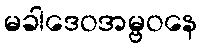
မခါဒေဝအမ္ဗဝနေ